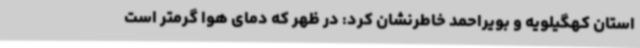
استان کهگیلویه و بویراحمد خاطرنشان کرد: در ظهر که دمای هوا گرمتر است